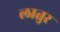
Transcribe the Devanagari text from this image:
लातुर